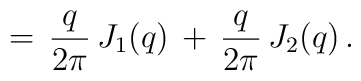
=\,\frac{q}{2\pi}\,J_1(q)\,+\,\frac{q}{2\pi}\,J_2(q)\,{.}